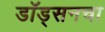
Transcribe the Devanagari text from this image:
डॉड्सनचा